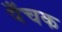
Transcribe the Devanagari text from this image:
पँचक